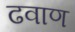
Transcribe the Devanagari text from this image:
ढवाण